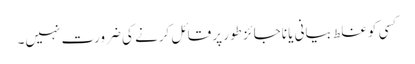
کسی کو غلط بیانی یا ناجائز طور پر قائل کرنے کی ضرورت نہیں۔